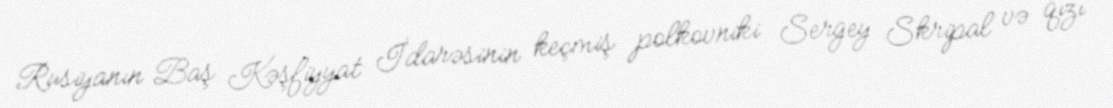
Rusiyanın Baş Kəşfiyyat İdarəsinin keçmiş polkovniki Sergey Skripal və qızı